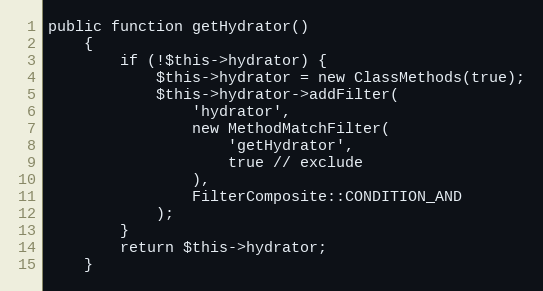
Language: PHP
public function getHydrator()
    {
        if (!$this->hydrator) {
            $this->hydrator = new ClassMethods(true);
            $this->hydrator->addFilter(
                'hydrator',
                new MethodMatchFilter(
                    'getHydrator',
                    true // exclude
                ),
                FilterComposite::CONDITION_AND
            );
        }
        return $this->hydrator;
    }